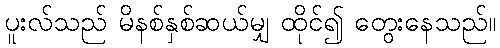
ပူးလ်သည် မိနစ်နှစ်ဆယ်မျှ ထိုင်၍ တွေးနေသည်။